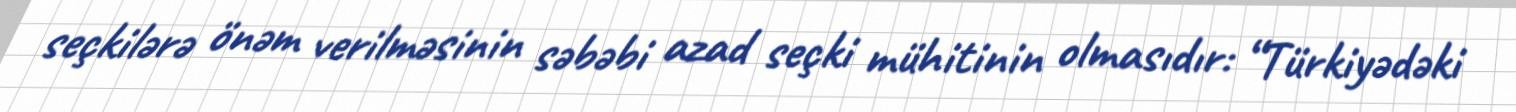
seçkilərə önəm verilməsinin səbəbi azad seçki mühitinin olmasıdır: “Türkiyədəki